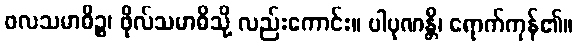
ဖလသမာဓိဉ္စ၊ ဖိုလ်သမာဓိသို့ လည်းကောင်း။ ပါပုဏန္တိ၊ ရောက်ကုန်၏။